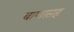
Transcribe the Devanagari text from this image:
बाणासह